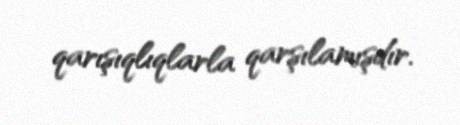
qarışıqlıqlarla qarşılamışdır.